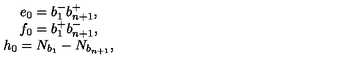
\begin{array} { c } { e _ { 0 } = b _ { 1 } ^ { - } b _ { n + 1 } ^ { + } , } \\ { f _ { 0 } = b _ { 1 } ^ { + } b _ { n + 1 } ^ { - } , } \\ { h _ { 0 } = N _ { b _ { 1 } } - N _ { b _ { n + 1 } } , } \\ \end{array}